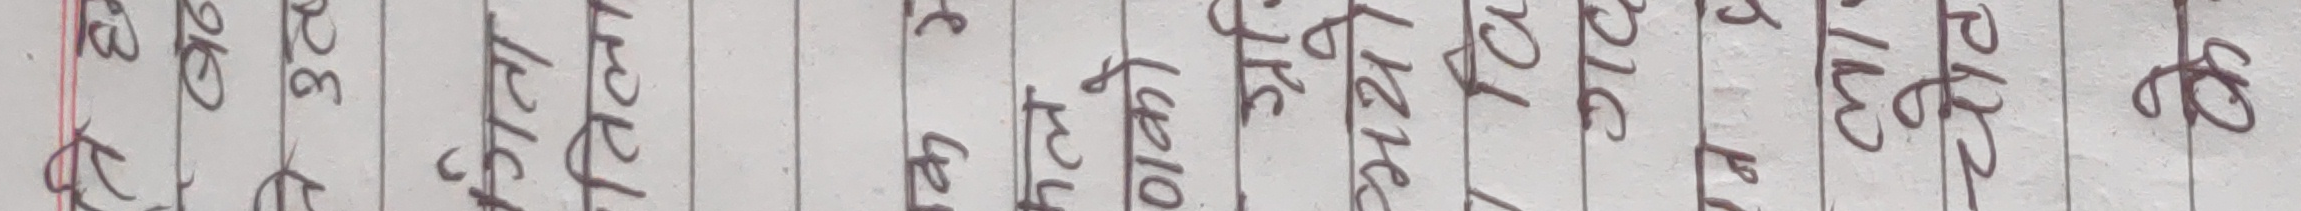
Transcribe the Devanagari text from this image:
०३ २८ १६ १२ २७ २७ २७ २७ २७